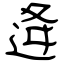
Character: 逄